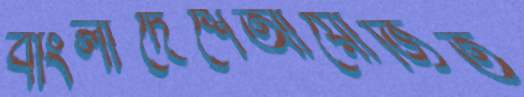
বাংলাদেশেআয়োজিত